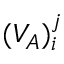
( V _ { A } ) _ { i } ^ { j }